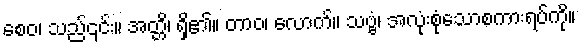
စေဝ၊ သည်၎င်း။ အတ္တိ၊ ရှိ၏။ တာဝ၊ လောက်။ သဗ္ဗံ၊ အလုံးစုံသောစကားရပ်ကို။